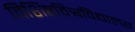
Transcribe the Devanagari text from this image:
विशिष्टविश्वविद्यालय